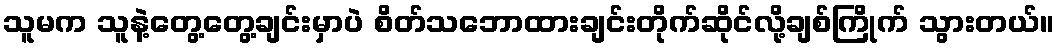
သူမက သူနဲ့တွေ့တွေ့ချင်းမှာပဲ စိတ်သဘောထားချင်းတိုက်ဆိုင်လို့ချစ်ကြိုက် သွားတယ်။